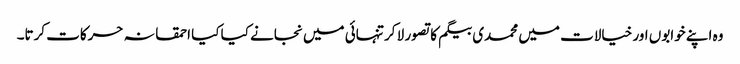
وہ اپنے خوابوں اور خیالات میں محمدی بیگم کا تصور لا کر تنہائی میں نجانے کیا کیا احمقانہ حرکات کرتا۔